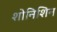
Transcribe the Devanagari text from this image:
शोनिशिन